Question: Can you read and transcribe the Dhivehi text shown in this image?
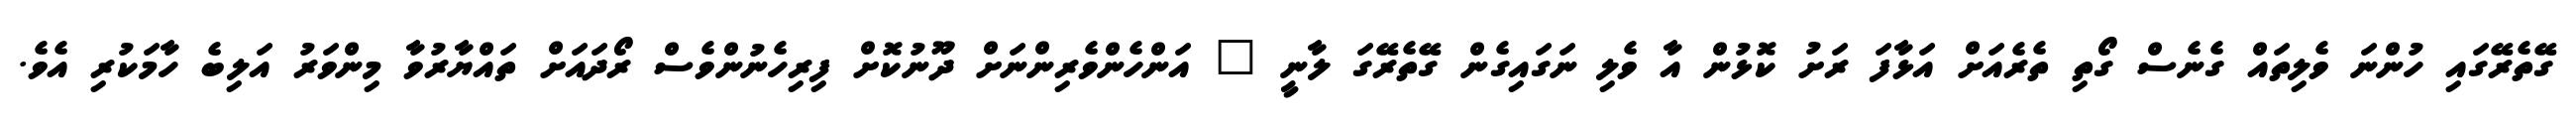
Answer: ގޭތެރޭގައި ހުންނަ ވެލިތައް ގެނެސް ގޯތި ތެރެއަށް އަޅާފަ ރަށު ކޮޅުން އާ ވެލި ނަގައިގެން ގޭތެރޭގަ ލާނީ " އަންހެންވެރިންނަށް ދޫނުކޮށް ފިރިހެނުންވެސް ރޯދައަށް ތައްޔާރުވާ މިންވަރު އަލިބެ ހާމަކުރި އެވެ.